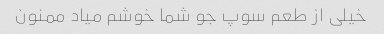
خیلی از طعم سوپ جو شما خوشم میاد ممنون